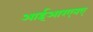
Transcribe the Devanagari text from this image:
आईआरएनए